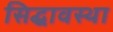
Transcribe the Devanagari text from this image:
सिद्घावस्था